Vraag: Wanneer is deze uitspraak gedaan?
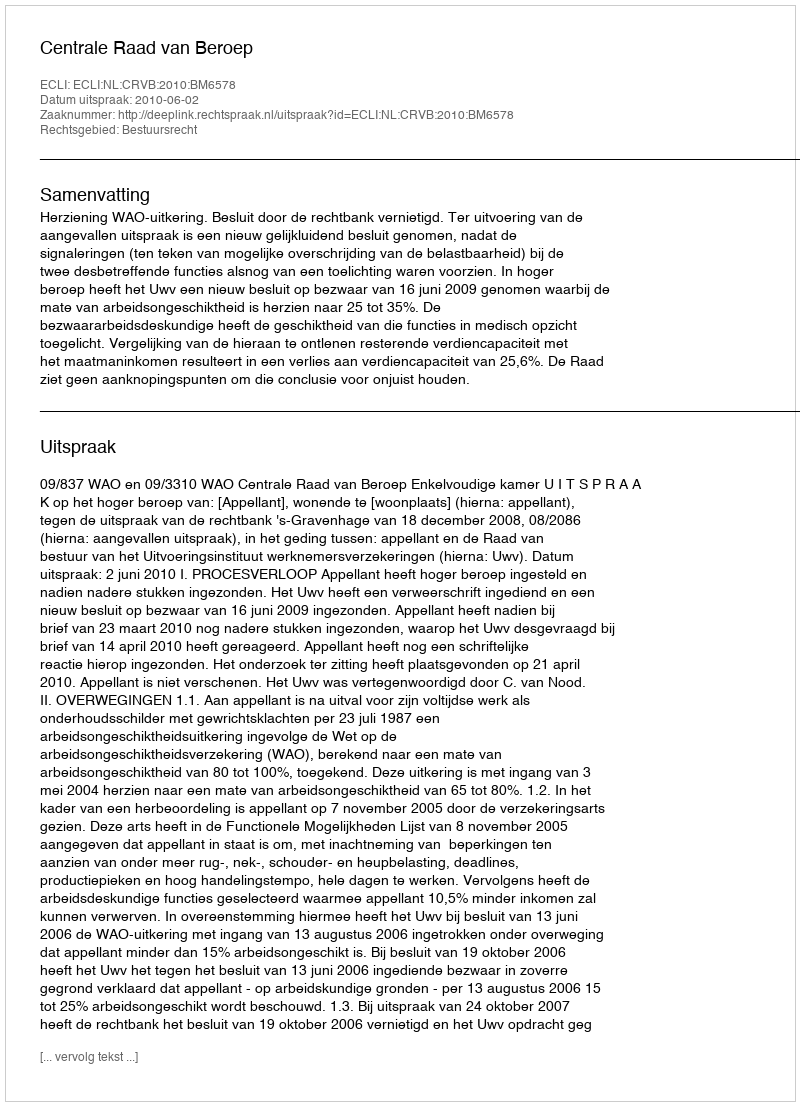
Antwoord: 2010-06-02